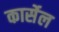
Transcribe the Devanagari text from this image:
कार्सेल